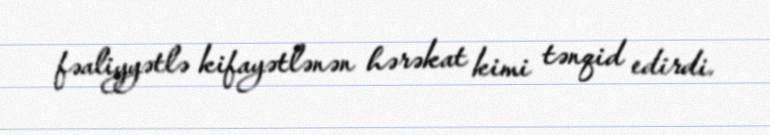
fəaliyyətlə kifayətlənən hərəkat kimi tənqid edirdi.